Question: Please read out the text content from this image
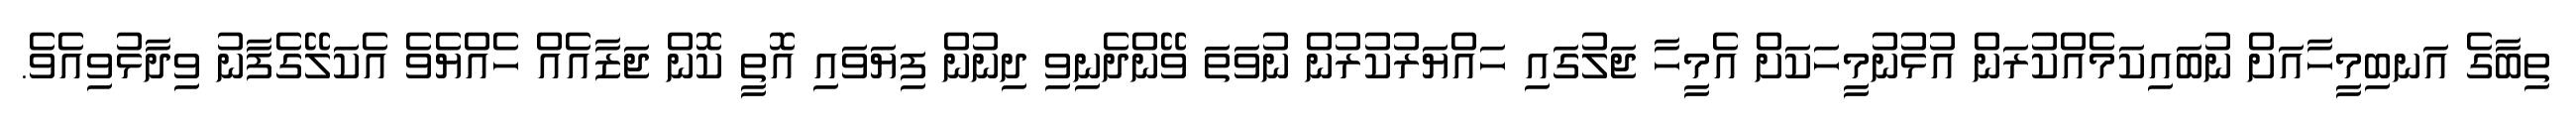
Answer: ތިބާގެ އަނބިމީހާއަށް ނުބައިކަމެއްކުރަން އުޅުނުމީހަކަށް އެމީހާ ޖަލުގައި ހައްޔަރުކުރުން ނުވަތަ ވޭންދެނިވި ދިނުން ފިޔަވައި އޮތީ ކޮން ޖަޒާއެއް ހެއްޔެވެ އެކަލޭގެފާނު ވިދާޅުވިއެވެ.